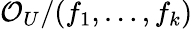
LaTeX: {\mathcal{O}}_{U}/(f_{1},\ldots,f_{k})